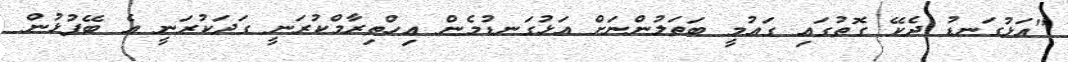
"އަޅުގަނޑު ދެކޭ ގޮތުގައި ގައުމީ ބަތަލުންނަށް އަޅުގަނޑުމެން އިހްތިރާމްކުރަނީ ގަދަކުރަނީ އެ ބޭފުޅުން